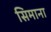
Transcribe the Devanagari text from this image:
सिमाना